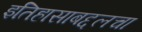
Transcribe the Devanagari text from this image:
इतिहासाबद्दलचा